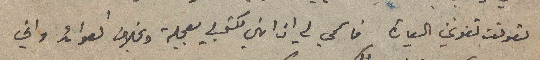
تعوقت تفوتني السيارة فاسمحي لي ان انهي مكتوبي بعجلة وبخلاف العوائد واني